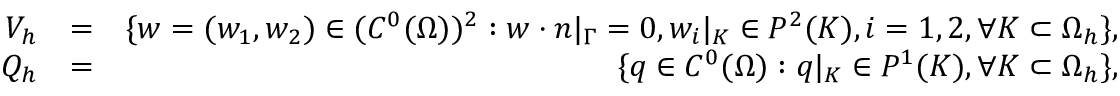
\begin{array} { r l r } { V _ { h } } & { = } & { \{ w = ( w _ { 1 } , w _ { 2 } ) \in ( C ^ { 0 } ( \Omega ) ) ^ { 2 } : w \cdot n | _ { \Gamma } = 0 , w _ { i } | _ { K } \in P ^ { 2 } ( K ) , i = 1 , 2 , \forall K \subset \Omega _ { h } \} , } \\ { Q _ { h } } & { = } & { \{ q \in C ^ { 0 } ( \Omega ) : q | _ { K } \in P ^ { 1 } ( K ) , \forall K \subset \Omega _ { h } \} , } \end{array}